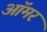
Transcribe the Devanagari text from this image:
ऑमर